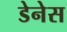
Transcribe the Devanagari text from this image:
डेनेस